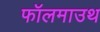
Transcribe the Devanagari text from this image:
फॉलमाउथ